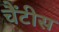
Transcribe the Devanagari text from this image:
चैंटीस